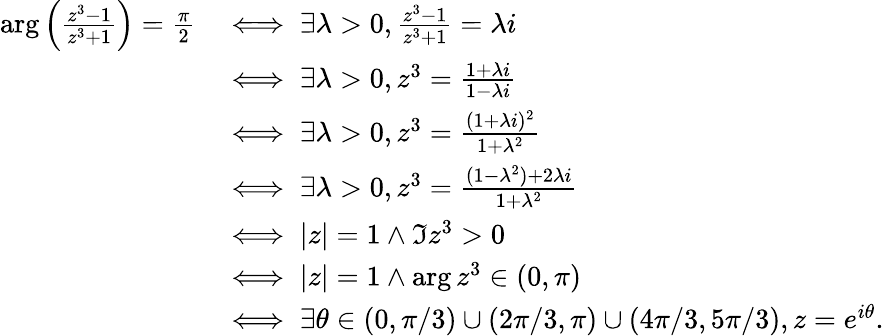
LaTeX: \begin{array}{rl}{\arg\left(\frac{z^{3}-1}{z^{3}+1}\right)=\frac{\pi}{2}}&{\iff\exists\lambda>0,\frac{z^{3}-1}{z^{3}+1}=\lambda i}\\ &{\iff\exists\lambda>0,z^{3}=\frac{1+\lambda i}{1-\lambda i}}\\ &{\iff\exists\lambda>0,z^{3}=\frac{(1+\lambda i)^{2}}{1+\lambda^{2}}}\\ &{\iff\exists\lambda>0,z^{3}=\frac{(1-\lambda^{2})+2\lambda i}{1+\lambda^{2}}}\\ &{\iff|z|=1\wedge\Im z^{3}>0}\\ &{\iff|z|=1\wedge\arg z^{3}\in(0,\pi)}\\ &{\iff\exists\theta\in(0,\pi/3)\cup(2\pi/3,\pi)\cup(4\pi/3,5\pi/3),z=e^{i\theta}.}\end{array}